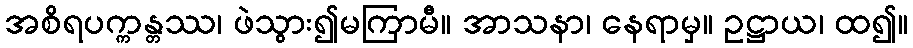
အစိရပက္ကန္တဿ၊ ဖဲသွား၍မကြာမီ။ အာသနာ၊ နေရာမှ။ ဥဋ္ဌာယ၊ ထ၍။